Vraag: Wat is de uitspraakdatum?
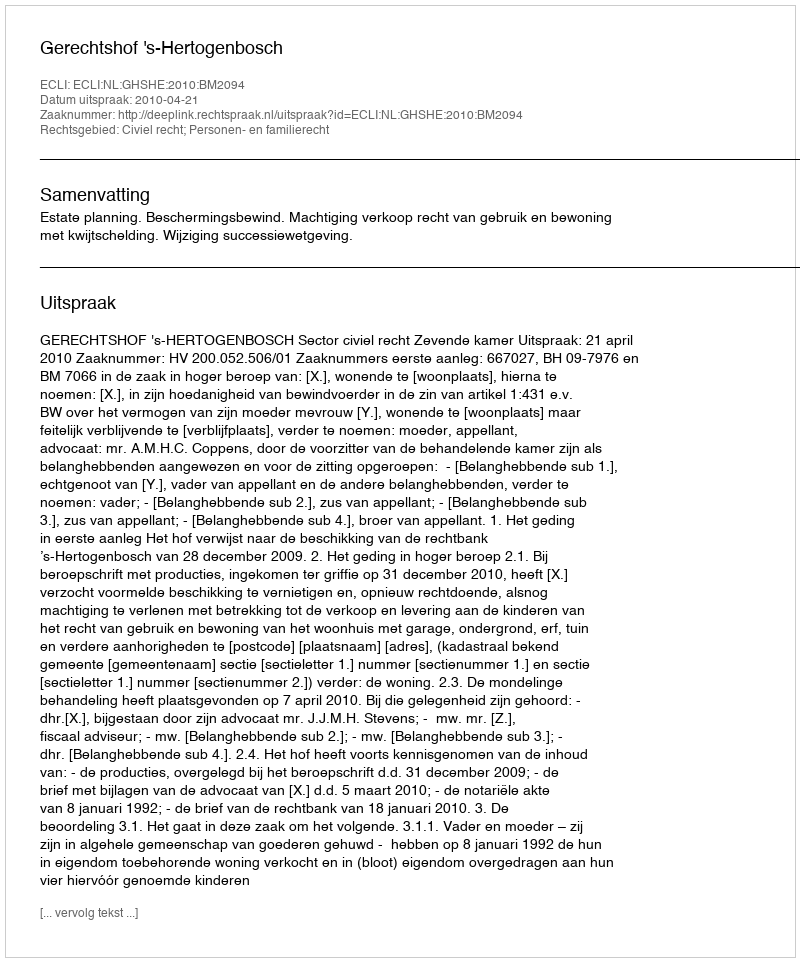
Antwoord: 2010-04-21